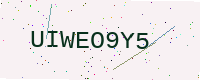
Text: UIWEO9Y5